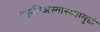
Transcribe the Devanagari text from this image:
प्रकृतिअस्वास्थ्यामुळं